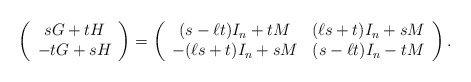
\begin{align*}\left(\begin{array}{c}sG+tH \\-tG+sH\end{array}\right)=\left(\begin{array}{cc}(s-\ell t)I_n+tM & (\ell s+t)I_n+ sM \\-(\ell s+t)I_n+sM & (s-\ell t)I_n -tM\end{array}\right).\end{align*}